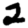
Digit: 2